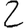
Digit: 2